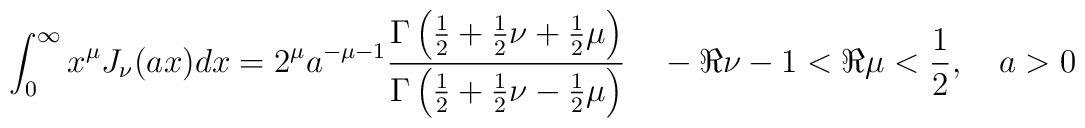
\int_{0}^{\infty}x^\mu J_\nu(a x)dx = 2^\mu a^{-\mu-1}\frac{\Gamma\left(\frac{1}{2}+\frac{1}{2}\nu +\frac{1}{2}\mu\right )}{\Gamma\left(\frac{1}{2}+\frac{1}{2}\nu- \frac{1}{2}\mu\right )}\quad - \Re \nu -1 <\Re \mu <\frac{1}{2}, \quad a>0